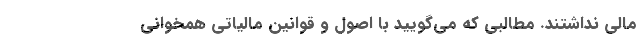
مالی نداشتند. مطالبی که می‌گویید با اصول و قوانین مالیاتی همخوانی